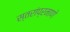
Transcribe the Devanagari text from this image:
स्तरांप्रमाणे